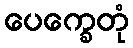
ပေက္ခေတုံ